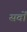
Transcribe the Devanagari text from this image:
सर्वों